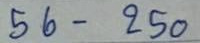
56 - 250